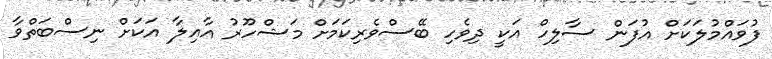
ފުވައްމުލަކަށް އުފަން ސާލިހް އަކީ ދިވެހި ބޭސްވެރިކަމަށް މަޝްހޫރު އާއިލާ އަކަށް ނިސްބަތްވާ